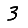
Digit: 3